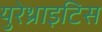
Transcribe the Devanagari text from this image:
युरेथ्राइटिस